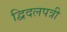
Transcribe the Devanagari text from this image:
द्विदलपत्री